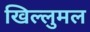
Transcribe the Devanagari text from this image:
खिल्लुमल